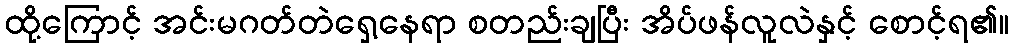
ထို့ကြောင့် အင်းမဂတ်တဲရှေ့နေရာ စတည်းချပြီး အိပ်ဖန်လူလဲနှင့် စောင့်ရ၏။